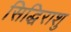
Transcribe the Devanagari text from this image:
सिद्धिराशु